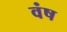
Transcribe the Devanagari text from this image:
वंष